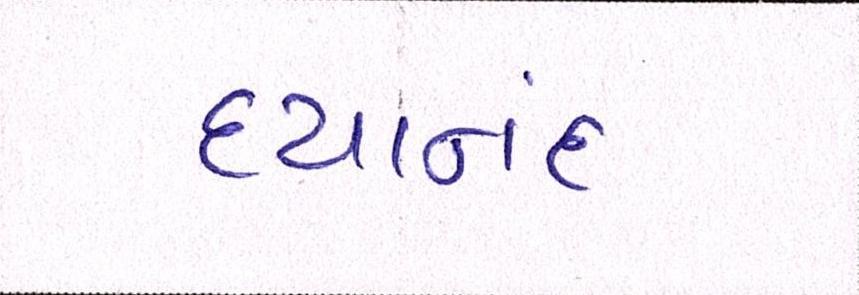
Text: દયાનંદ